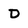
Character: D